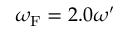
\omega _ { \mathrm { { F } } } = 2 . 0 \omega ^ { \prime }